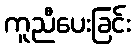
ကူညီပေးခြင်း